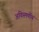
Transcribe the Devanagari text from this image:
अविस्मर्णीय